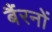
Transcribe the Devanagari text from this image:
बैंरनों